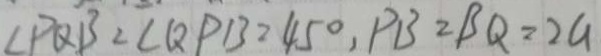
\angle P Q B = \angle Q P B = 4 5 ^ { \circ } , P B = B Q = 2 G